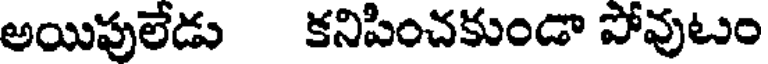
అయిపులేడు కనిపించకుండా పోవుటుం